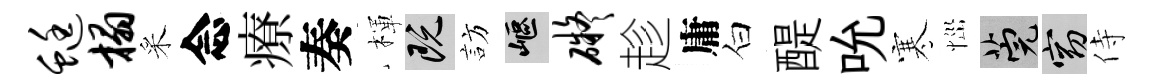
蜓榻采念療奏楎既訪嶇碍趁庸白醍吮寒𢙉筦窈侍